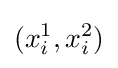
(x_{i}^{1},x_{i}^{2})